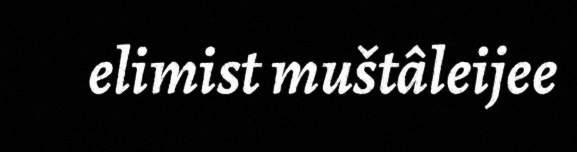
elimist muštâleijee